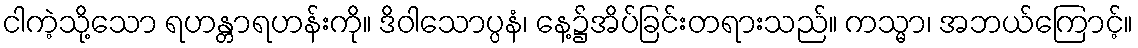
ငါကဲ့သို့သော ရဟန္တာရဟန်းကို။ ဒိဝါသောပ္ပနံ၊ နေ့၌အိပ်ခြင်းတရားသည်။ ကသ္မာ၊ အဘယ်ကြောင့်။